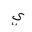
Letter: _ya